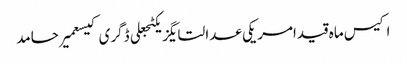
اکیس ماہ قیدامریکی عدالتایگزیکٹجعلی ڈگری کیسعمیر حامد